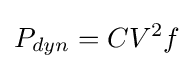
P_{dyn}=CV^{2}f